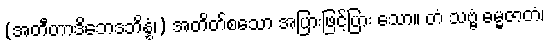
(အတီတာဒိဘေဒဘိန္နံ၊) အတိတ်စသော အပြားဖြင့်ပြား သော။ တံ သဗ္ဗံ ဓမ္မဇာတံ၊